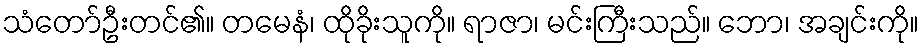
သံတော်ဦးတင်၏။ တမေနံ၊ ထိုခိုးသူကို။ ရာဇာ၊ မင်းကြီးသည်။ ဘော၊ အချင်းကို။